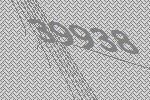
39938